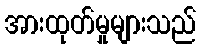
အားထုတ်မှုများသည်